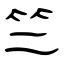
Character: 竺